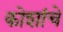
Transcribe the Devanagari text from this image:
कोशांचे